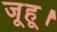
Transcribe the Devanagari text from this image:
जूहू।